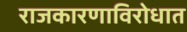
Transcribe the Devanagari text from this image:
राजकारणाविरोधात